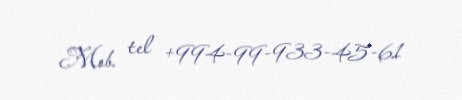
Mob. tel +994-99-933-45-61